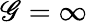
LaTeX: \mathscr{G}=\infty